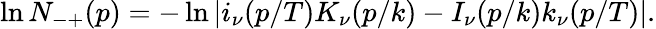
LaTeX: \ln N_{-+}(p)=-\ln\left|i_{\nu}(p/T)K_{\nu}(p/k)-I_{\nu}(p/k)k_{\nu}(p/T)\right|.